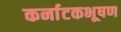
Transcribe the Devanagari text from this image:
कर्नाटकभूषण